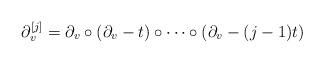
LaTeX: \begin{align*} \partial_v^{[j]} = \partial_v \circ (\partial_v - t) \circ \cdots \circ (\partial_v -(j-1)t) \end{align*}